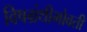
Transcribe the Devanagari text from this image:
विषग्रंथीभोवती